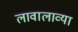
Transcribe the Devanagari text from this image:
लावालाव्या